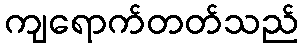
ကျရောက်တတ်သည်